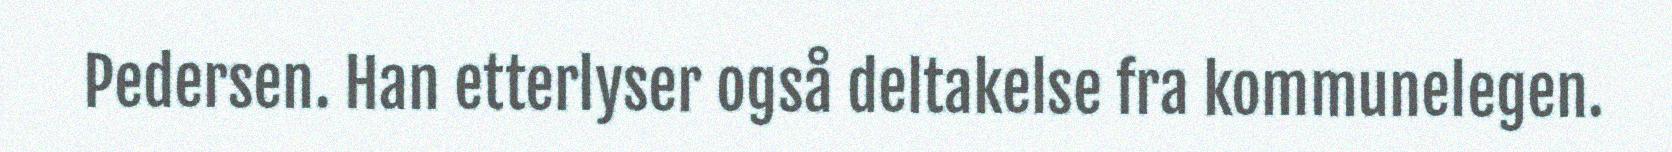
Pedersen. Han etterlyser også deltakelse fra kommunelegen.